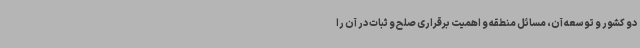
دو کشور و توسعه آن، مسائل منطقه و اهمیت برقراری صلح و ثبات در آن را